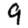
Digit: 9